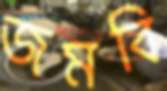
জমবি